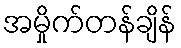
အမှိုက်တန်ချိန်